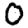
Digit: 0